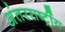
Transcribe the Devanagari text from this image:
अंतररार्ष्ट्रीय